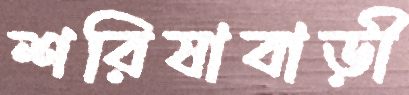
শরিষাবাড়ী